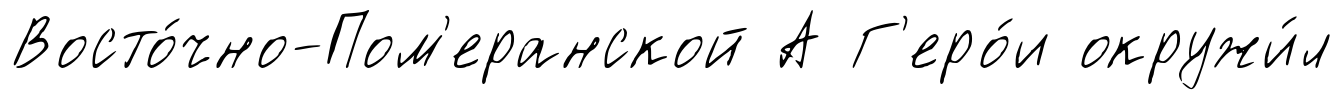
Восто́чно-Пом'еранской А Г'еро́и окружи́л